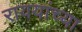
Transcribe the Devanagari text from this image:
राययांच्या